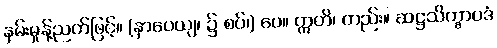
နှမ်းမှုန့်ညက်ဖြင့်။ (နှာပေယျ၊ ၌ စပ်၊) ပေ။ ဣတိ၊ တည်း။ ဆဋ္ဌသိက္ခာပဒံ